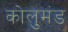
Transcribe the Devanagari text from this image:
कोलुमंड